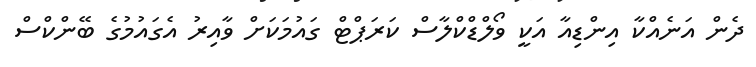
ދެން އަނެއްކާ އިންޑިއާ އަކީ ވޯލްޑްކްލާސް ކަރަޕްޓް ގައުމަކަށް ވާއިރު އެގައުމުގެ ބޭންކްސް